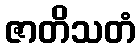
ဇာတိသတံ